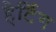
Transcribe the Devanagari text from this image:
हेर्टिग